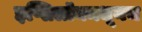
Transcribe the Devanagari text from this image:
इप्सिलॉनमधूनच